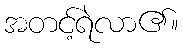
အတင့်ရဲလာ၏။